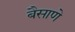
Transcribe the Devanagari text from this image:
बैसाणे